Indian journal of veterinary science and animal husbandry - Volume 1,
Year: 1931
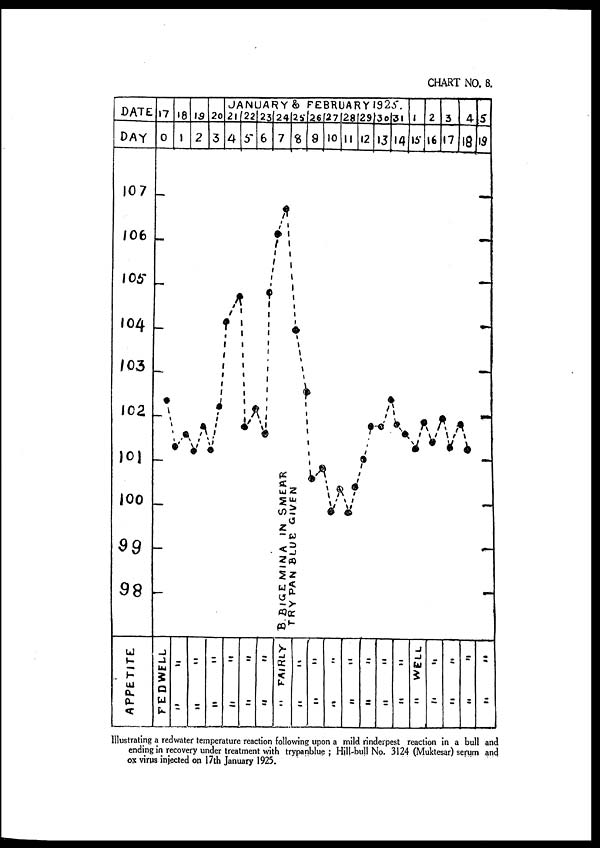
Illustrating a redwater temperature reaction following upon a mild rinderpest reaction in a bull and
ending in recovery under treatment with trypanblue ; Hill-bull No. 3124 (Muktesar) serum and
05s virus injected on 17th January 1925.